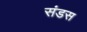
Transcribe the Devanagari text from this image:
संडस